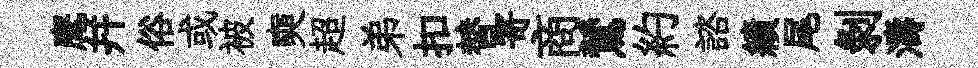
麾幷俗或被奭超弟扣替寄商鷥約諮績尾剥濤